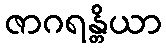
ဇာဂရန္တိယာ